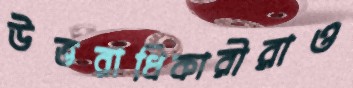
উত্তরাধিকারীরাও